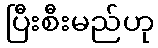
ပြီးစီးမည်ဟု